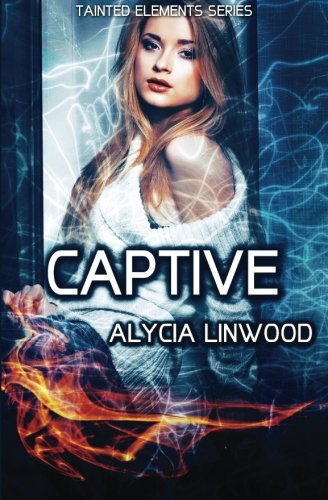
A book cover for Captive (Tainted Elements) (Volume 4); Alycia Linwood; Science Fiction & Fantasy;